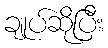
ချုပ်ဆိုပြီး